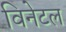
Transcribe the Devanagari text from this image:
विनेटल